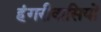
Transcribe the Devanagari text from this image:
हंगरीवासियों